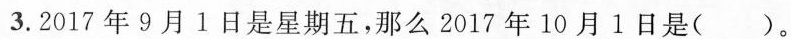
3.2017年9月1日是星期五，那么2017年10月1日是()。